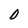
Character: 0